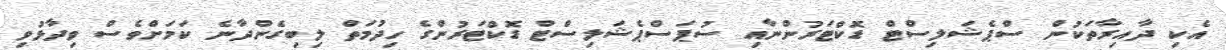
އެކި ދާއިރާތަކުން ސްޕެޝަލިސްޓް ޑޮކްޓަރުންނާއި ސުޕަސްޕެޝަލިސްޓް ޑޮކްޓަރުންގެ ހިދުމަތް ލިބިގެންދާނެ ކަމަށްވެސް ވިދާޅުވި